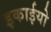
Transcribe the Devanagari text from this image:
इकाईयो